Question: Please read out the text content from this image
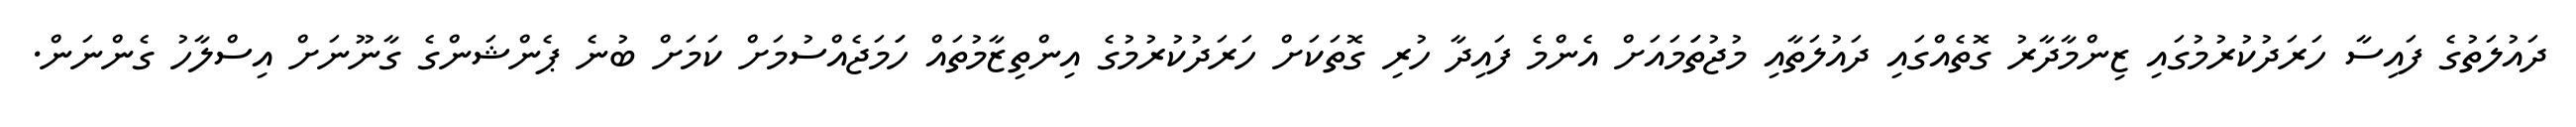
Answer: ދައުލަތުގެ ފައިސާ ހަރަދުކުރުމުގައި ޒިންމާދާރު ގޮތެއްގައި ދައުލަތާއި މުޖުތަަމައަށް އެންމެ ފައިދާ ހުރި ގޮތަކަށް ހަރަދުކުރުމުގެ އިންތިޒާމުތައް ހަަމަޖެއްސުމަށް ކަމަށް ބުނެ ޕެންޝަންގެ ގާނޫނަށް އިސްލާހު ގެންނަން.